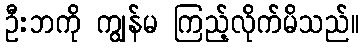
ဦးဘကို ကျွန်မ ကြည့်လိုက်မိသည်။